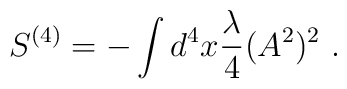
S^{(4)} = - \int d^4x\frac{\lambda}{4} (A^2)^2 \ .